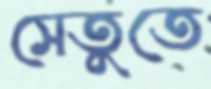
সেতুতে